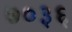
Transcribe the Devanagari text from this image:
७०३६